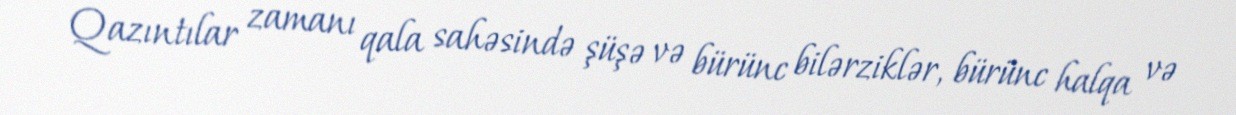
Qazıntılar zamanı qala sahəsində şüşə və bürünc bilərziklər, bürünc halqa və